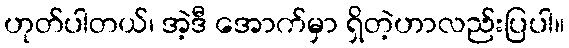
ဟုတ်ပါတယ်၊ အဲ့ဒီ အောက်မှာ ရှိတဲ့ဟာလည်းပြပါ။